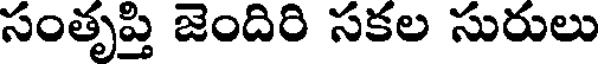
సంతృప్తి జెందిరి సకల సురులు